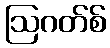
ဩဂတ်စ်